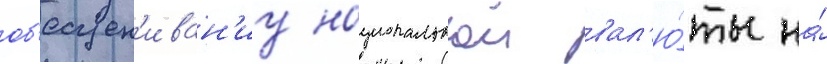
об'есцен'иван'иу национальнои вал'ю́ты на́